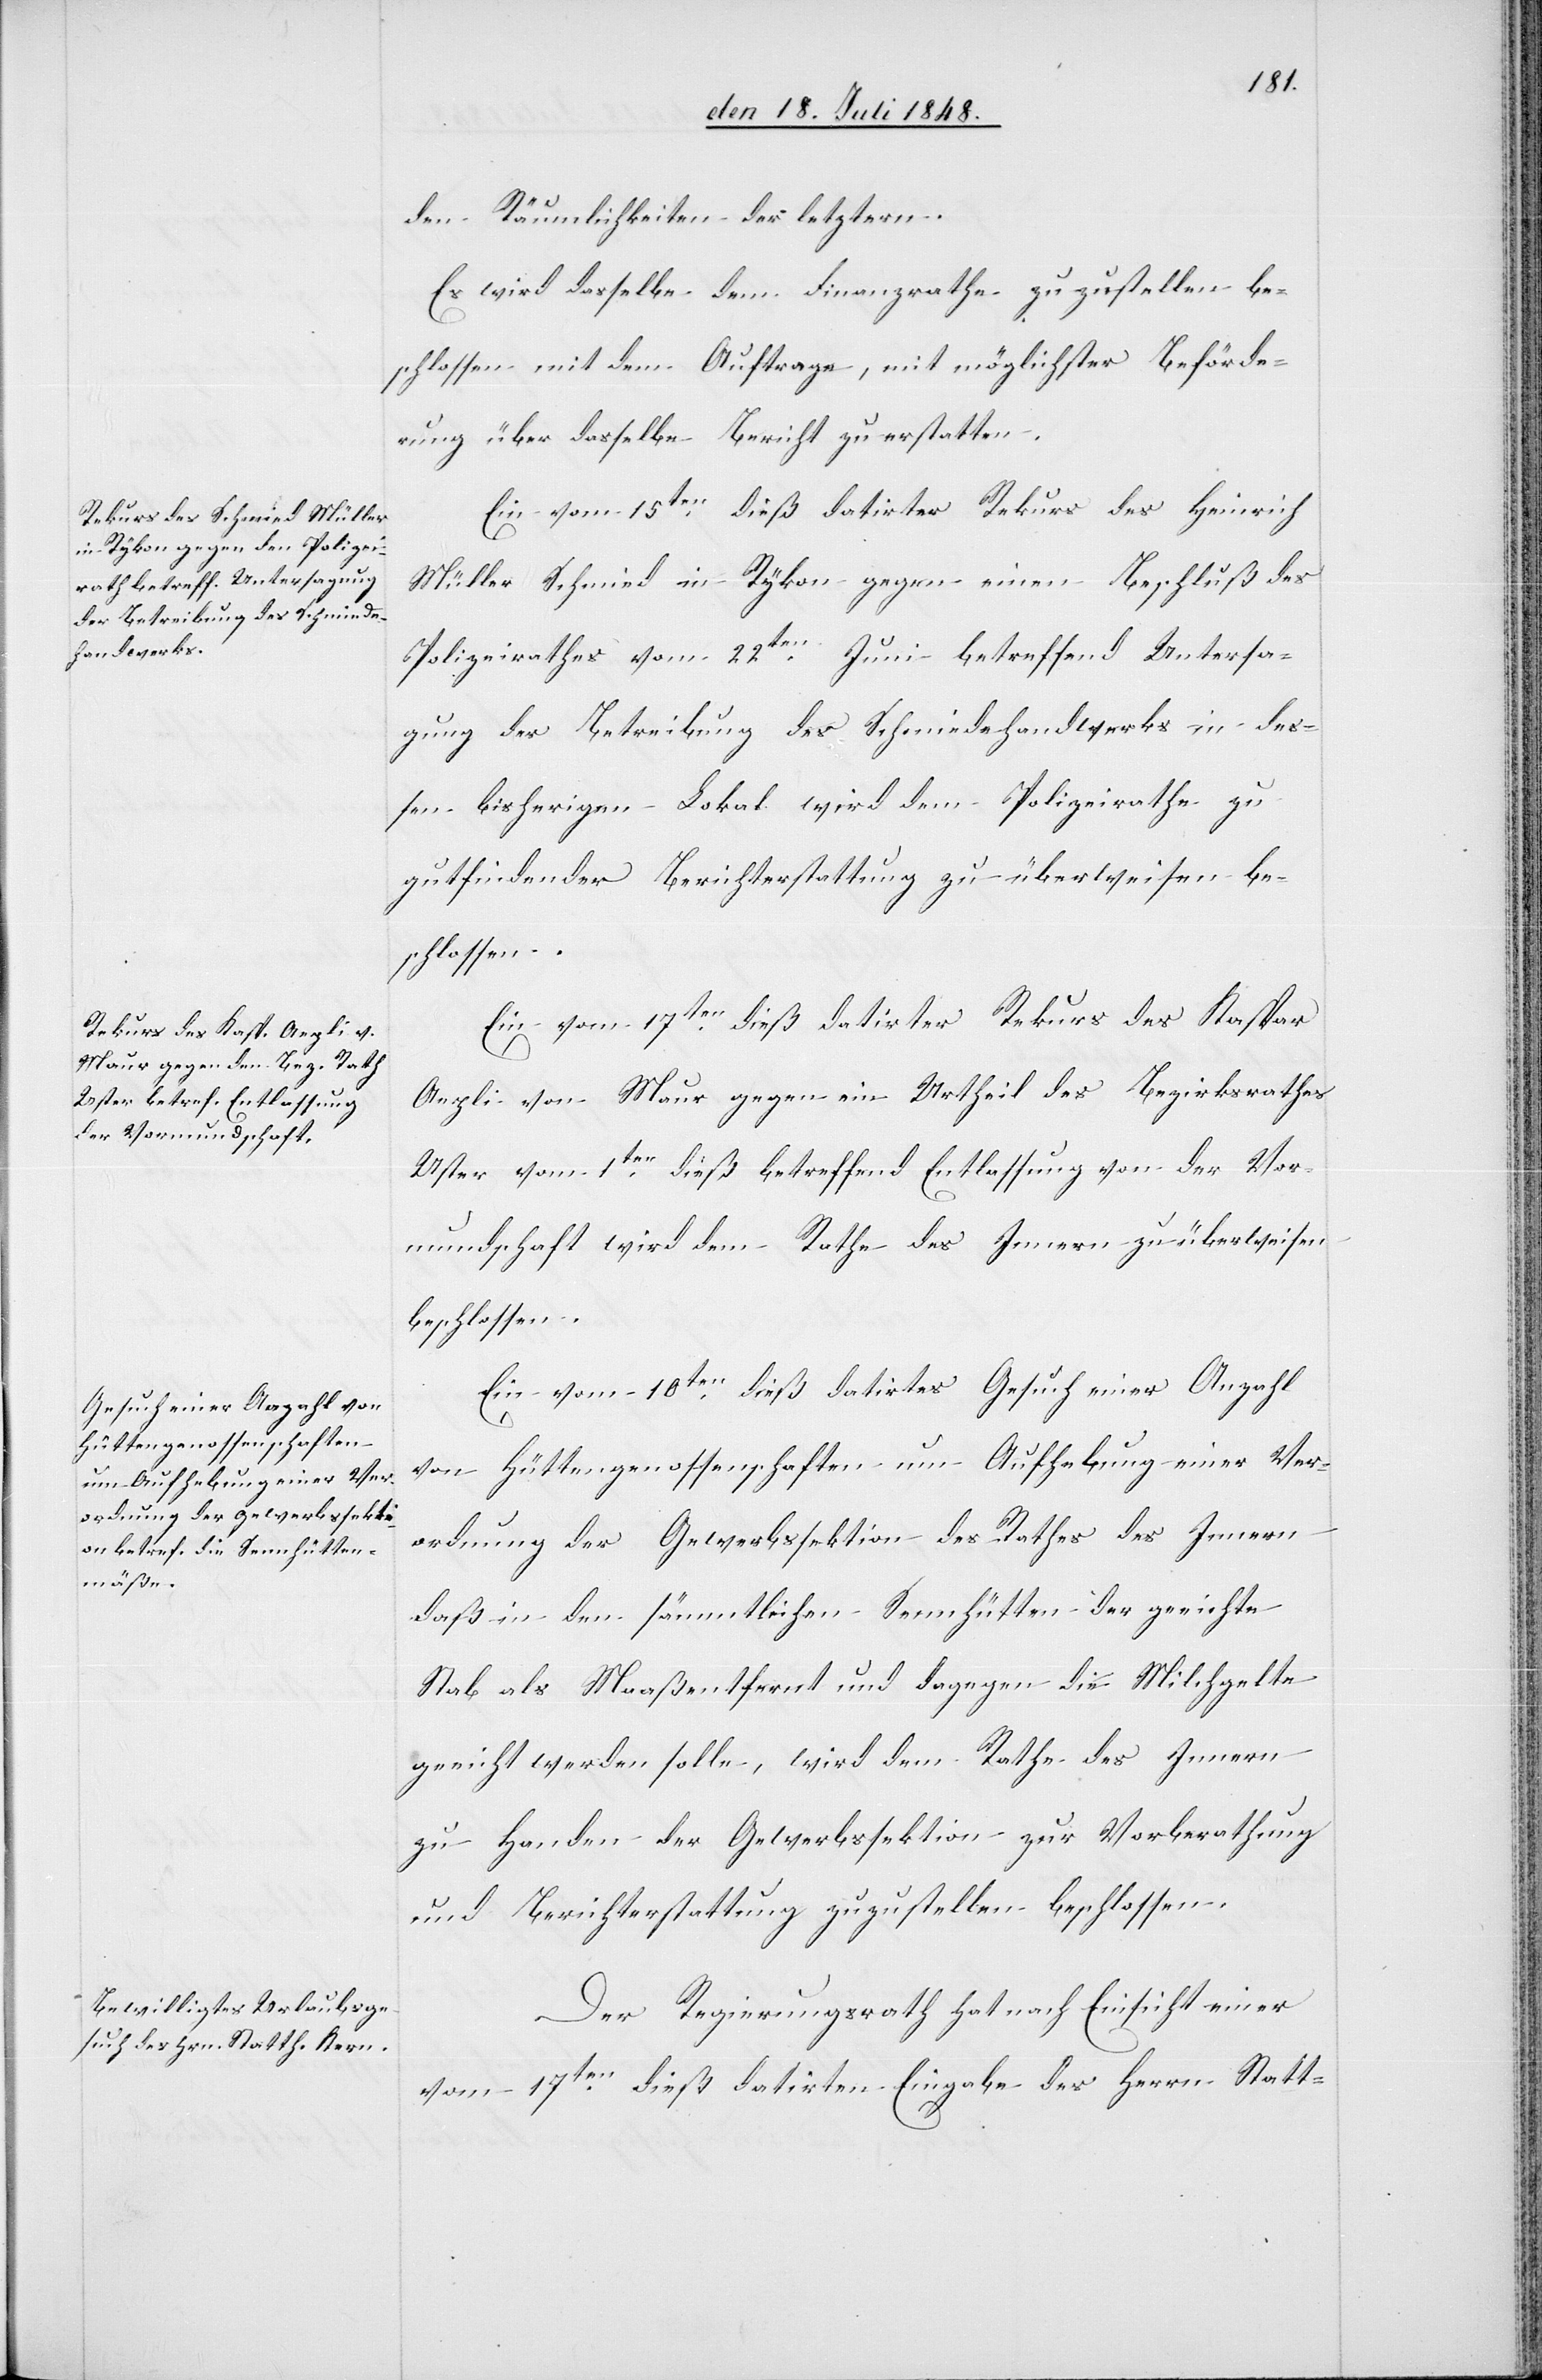
den Räumlichkeiten der letztern.
Es wird dasselbe dem Finanzrathe zuzustellen be¬
schlossen mit dem Auftrage, mit möglichster Beförde¬
rung über dasselbe Bericht zu erstatten.
Ein vom 15ten dieß datirter Rekurs des Heinrich
Müller Schmied in Rykon gegen einen Beschluß des
Polizeirathes vom 22ten Juni betreffend Untersa¬
gung der Betreibung des Schmiedehandwerks in des¬
sen bisherigen Lokal wird dem Polizeirathe zu
gutfindender Berichterstattung zu überweisen be¬
schlossen.
Ein vom 17ten dieß datirter Rekurs des Kaspar
Aepli von Maur gegen ein Urtheil des Bezirksrathes
Uster vom 1ten dieß betreffend Entlassung von der Vor¬
mundschaft wird dem Rathe des Innern zu überweisen
beschlossen.
Ein vom 10ten dieß datirtes Gesuch einer Anzahl
von Hüttengenossenschaften um Aufhebung einer Ver¬
ordnung der Gewerbssektion des Rathes des Innern
daß in den sämmtlichen Sennhütten der geeichte
Stab als Maaß entfernt und dagegen die Milchgelte
geeicht werden sollte, wird dem Rathe des Innern
zu Handen der Gewerbssektion zur Vorberathung
und Berichterstattung zuzustellen beschlossen.
Der Regierungsrath hat nach Einsicht einer
vom 17ten dieß datirten Eingabe des Herrn Statt-